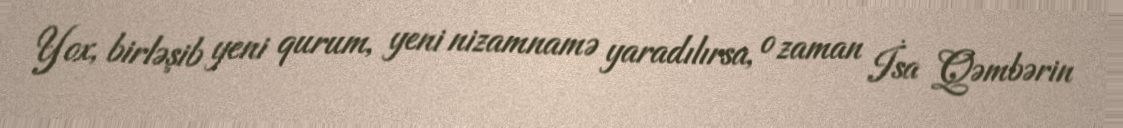
Yox, birləşib yeni qurum, yeni nizamnamə yaradılırsa, o zaman İsa Qəmbərin